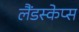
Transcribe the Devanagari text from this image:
लैंडस्केप्स